Report on sanitation, dispensaries, and jails in Rajputana for 1912, and on vaccination for the year 1912-1913 - 1912-1913
Year: 1912
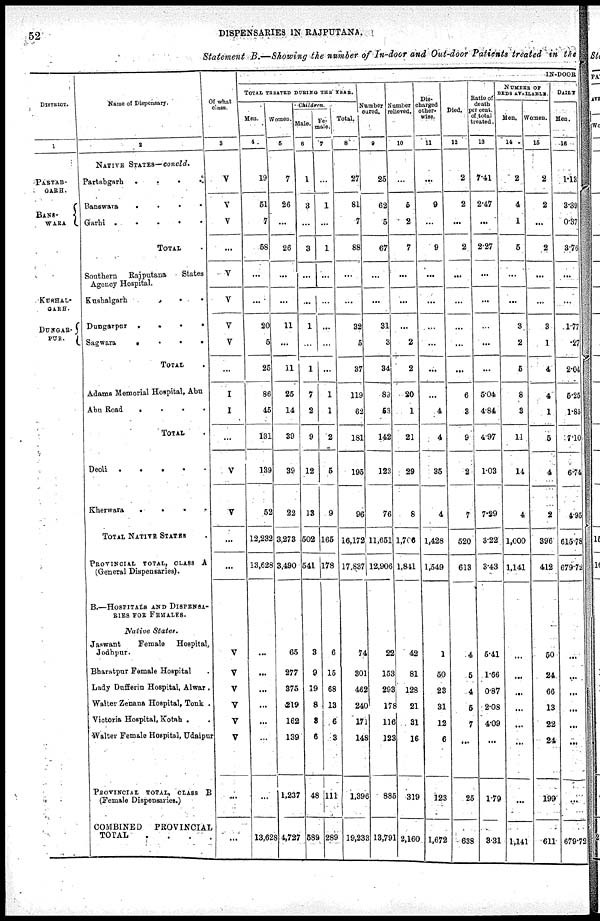
52
DISPENSARIES IN RAJPUTANA.
Statement B.—Showing the number of In-door and Out-door Patients treated in the
DISTRICT.
1
PARTAB-
GARH.
BANS-
WARA
KUSHAL-
GARH.
DUNGAR
PUR.
Name of Dispensary.
2
NATIVE STATES— concld.
Partabgarh . . . ..
Banswara
.
.
.
.
.
Garhi
.
.
.
.
.
TOTAL .
Southern
Rajputaua
States
Agency Hospital.
Kushalgarh
.
.
.
.
.
Dungarpur
.
.
.
.
.
Sagwara . . . ..
TOTAL .
Adams Memorial Hospital, Abu
Abu Road
.
.
.
.
.
TOTAL .
Deoli
.
.
.
.
.
.
Kherwara
.
.
.
.
TOTAL NATIVE STATES
PROVINCIAL TOTAL, CLASS A
(General Dispensaries).
B.—HOSPITALS AND DISPENSA-
RIES FOR FEMALES.
Native
States.
Jaswant
Female
Hospital,
Jodhpur.
Bharatpur Female Hospital .
Lady Dufferin Hospital, Alwar .
Walter Zenana Hospital, Tonk .
Victoria Hospital, Kotah . .
Walter Female Hospital, Udaipur
PROVINCIAL TOTAL, CLASS B
(Female Dispensaries.)
COMBINED PROVINCAL
TOTAL . . . . .
Of what
class.
3
V
V
V
...
V
V
V
V
...
I
I
...
V
V
...
...
V
V
V
V
V
V
...
...
IN-DOOR
TOTAL TREATED DURING THE YEAR.
Men.
4
19
51
7
58
...
...
20
5
25
86
45
131
139
52
12,232
13,628
...
...
...
...
...
...
...
13,628
Women.
5
7
26
...
26
...
...
11
...
11
25
14
39
39
22
3,273
3,490
65
277
375
219
162
139
1,237
4,727
Children.
Male.
6
1
3
...
3
...
...
1
...
1
7
2
9
12
13
502
541
3
9
19
8
3
6
48
589
Fe-
male.
7
...
1
...
1
...
...
...
...
...
1
1
2
5
9
165
178
6
15
68
13
6
3
111
289
Total.
8
27
81
7
88
...
...
32
5
37
119
62
181
195
96
16,172
17,837
74
301
462
240
171
148
1,396
19,233
Number
cured.
9
25
62
5
67
...
...
31
3
34
89
53
142
123
76
11,651
12,906
22
153
293
178
116
123
885
13,791
Number
relieved.
10
...
5
2
7
...
...
...
2
2
20
1
21
29
8
1,700
1,841
42
81
128
21
31
16
319
2,160
Dis¬
charged
other-
wise.
11
...
9
...
9
...
...
...
...
...
...
4
4
35
4
1,428
1,549
1
50
23
31
12
6
123
1,672
Died.
11
2
2
...
2
...
...
...
...
...
6
3
9
2
7
520
613
4
5
4
5
7
...
25
638
Ratio of
death
per cent.
of total
treated.
13
7.41
2.47
...
2.27
...
...
...
...
...
5.04
4.84
4.97
1.03
7.29
3.22
3.43
5.41
1.66
0.87
2.08
4.09
...
1.79
3.31
NUMBER OF
BEDS AVAILABLE.
Men.
14
2
4
1
5
...
...
3
2
5
8
3
11
14
4
1,000
1,141
...
...
...
...
...
...
...
1,141
Women.
15
2
2
...
2
...
...
3
1
4
4
1
5
4
2
396
412
50
24
66
13
22
24
199
611
DAI LY
Men.
16
1.13
3.39
0.37
3.76
...
...
1.77
.27
2.04
5.25
1.85
7.10
6.74
4.95
615.78
679.72
...
...
...
...
...
. ..
...
679.72